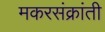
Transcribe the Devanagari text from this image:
मकरसंक्रांती